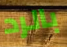
بالرد